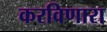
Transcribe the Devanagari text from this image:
करविणारा